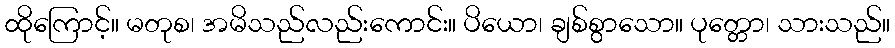
ထိုကြောင့်။ မတုစ၊ အမိသည်လည်းကောင်း။ ပိယော၊ ချစ်စွာသော။ ပုတ္တော၊ သားသည်။